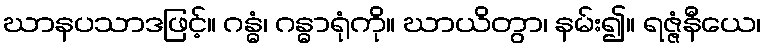
ဃာနပသာဒဖြင့်။ ဂန္ဓံ၊ ဂန္ဓာရုံကို။ ဃာယိတွာ၊ နမ်း၍။ ရဇ္ဇံနီယေ၊